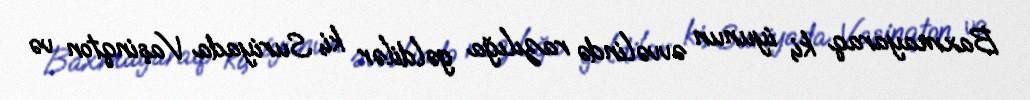
Baxmayaraq ki, iyunun əvvəlində razılığa gəldilər ki, Suriyada Vaşinqton və